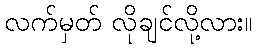
လက်မှတ် လိုချင်လို့လား။